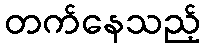
တက်နေသည့်